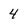
Character: 4